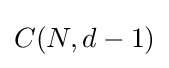
{\textstyle C(N,d-1)}